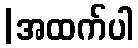
|အထက်ပါ